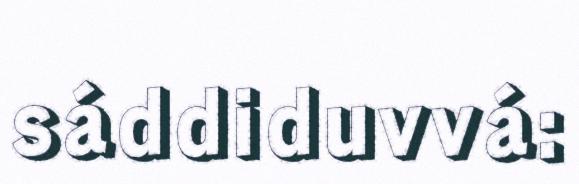
sáddiduvvá: